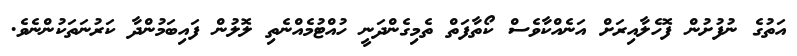
އަތުގެ ނުފުށުން ފޮހެލާއިރަށް އަނެއްކާވެސް ކޯތާފަތް ތެމިގެންދަނީ ހުއްޓުމެއްނެތި ލޮލުން ފައިބަމުންދާ ކަރުނަތަކުންނެވެ.